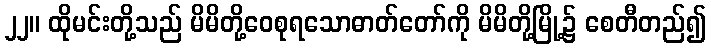
၂၂။ ထိုမင်းတို့သည် မိမိတို့ဝေစုရသောဓာတ်တော်ကို မိမိတို့မြို့၌ စေတီတည်၍